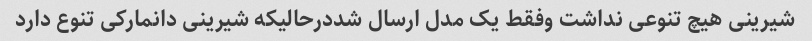
شیرینی هیچ تنوعی نداشت وفقط یک مدل ارسال شددرحالیکه شیرینی دانمارکی تنوع دارد